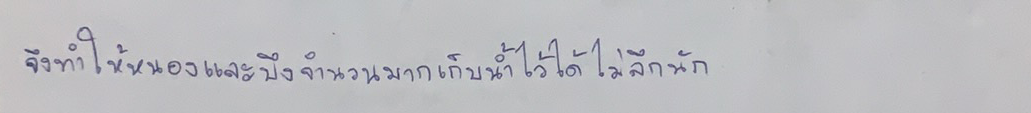
จึงทำให้หนองและบึงจำนวนมากเก็บน้ำไว้ได้ไม่ลึกนัก